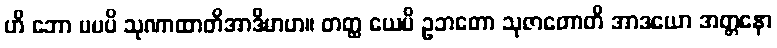
ဟိ ဘော မမပိ သုဏာထာတိအာဒိမာဟ။ တတ္ထ ယေပိ ဥဘတော သုဇာတောတိ အာဒယော အတ္တနော